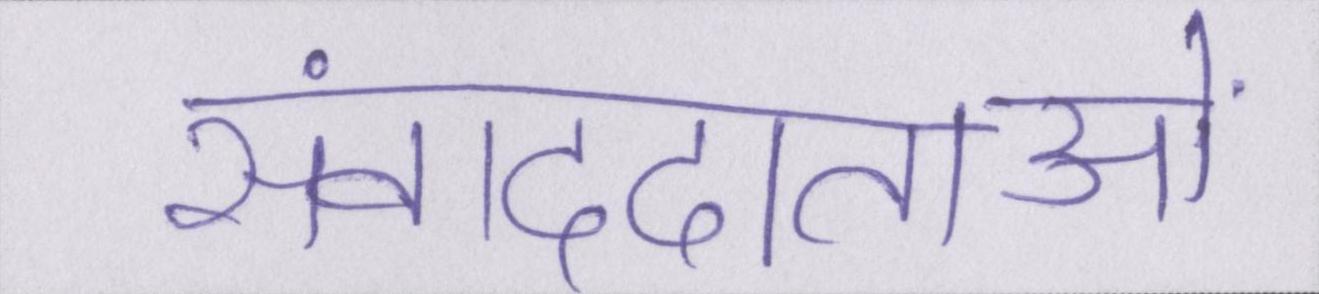
संवाददाताओं